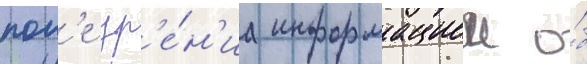
пол'е зр'е́н'иа информациеи о́б